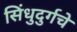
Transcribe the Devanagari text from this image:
सिंधुदुर्गचे